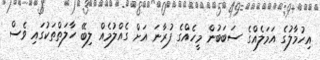
އިހުމާލުގެ އަމަލެއްގެ ސަބަބުން މީހެއްގެ ފުރާނަ އަށް ގެއްލުމެއް ލިބޭ ހާލަތްތަކުގައި ވެސް